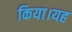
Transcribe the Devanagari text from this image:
किया।यह